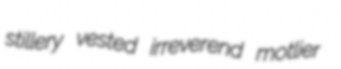
stillery vested irreverend motlier